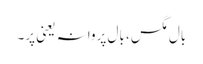
بال مگس، بال پروانہ یعنی پر۔